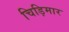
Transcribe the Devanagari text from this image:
चिड़िमार